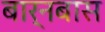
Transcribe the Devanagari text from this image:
बार्नबास